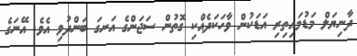
ދާނިޔަލް މަޑުމައިތިރި އަޑަކުން ވާހަކަދެއްކި ގޮތުން ސަޖަންގެ އަނގަ ބަންދުވި އެވެ. އޭނަގެ